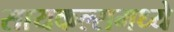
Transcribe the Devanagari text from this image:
सायकल्समध्ये